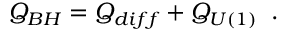
Q _ { B H } = Q _ { d i f f } + Q _ { U ( 1 ) } \; \; .